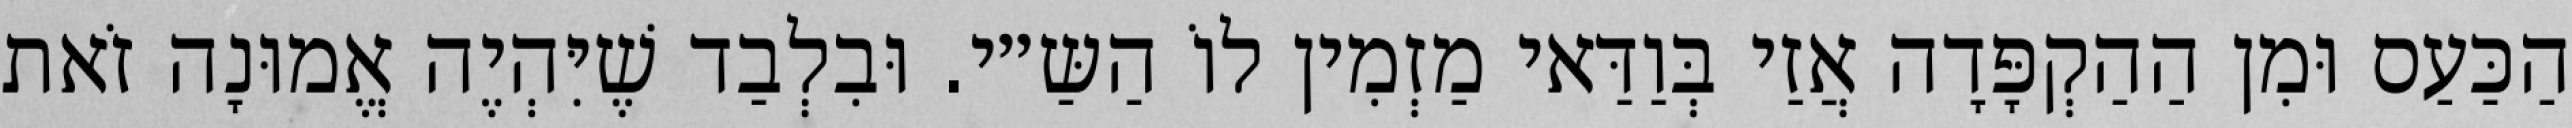
הַכַּעַס וּמִן הַהַקְפָּדָה אֲזַי בְּוַדַּאי מַזְמִין לוֹ הַשַּ״י. וּבִלְבַד שֶׁיִּהְיֶה אֱמוּנָה זֹאת